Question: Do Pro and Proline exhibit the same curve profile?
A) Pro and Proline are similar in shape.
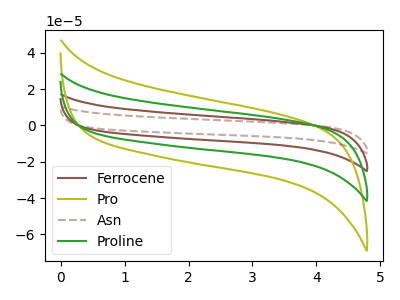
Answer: <think>The brown curve "Ferrocene" has no peaks. The olive curve "Pro" has no peaks. The brown dashed curve "Asn" has no peaks. The green curve "Proline" has no peaks.
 Neither "Pro" or "Proline" have any peaks.</think>
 <answer>A) "Pro" and "Proline" are similar in shape.</answer>
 <eval>A</eval>